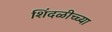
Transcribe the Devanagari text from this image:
शिंदळीच्च्या